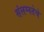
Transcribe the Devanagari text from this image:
संलग्नतेचे